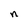
Character: n